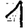
Digit: 1